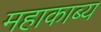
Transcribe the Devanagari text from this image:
महाकाब्‍य